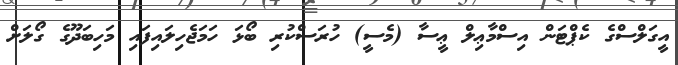
އީގަލްސްގެ ކެޕްޓަން އިސްމާޢިލް ޢީސާ (މެސީ) ހުރަސްކުރި ބޯޅަ ހަމަޖެހިލައިފައި މަހިބަދޫގެ ގޯލަށް